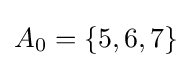
A_{0}=\{5,6,7\}